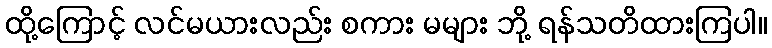
ထို့ကြောင့် လင်မယားလည်း စကား မများ ဘို့ ရန်သတိထားကြပါ။